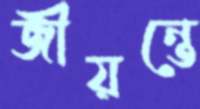
জীয়ন্তে